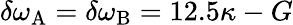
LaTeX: \delta\omega_{\mathrm{A}}=\delta\omega_{\mathrm{B}}=12.5\kappa-G